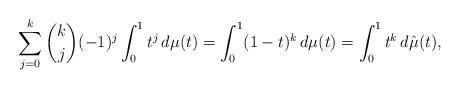
\begin{align*}\sum_{j=0}^k \binom{k}{j} (-1)^j\int_0^1 t^j\,d\mu(t) = \int_0^1 (1-t)^k \,d\mu(t) = \int_0^1 t^k \,d\hat \mu(t),\end{align*}